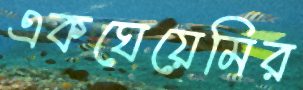
একঘেয়েমির